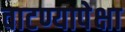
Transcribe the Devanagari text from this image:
वाटण्यापेक्षा